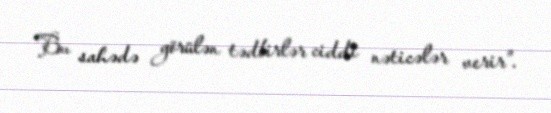
Bu sahədə görülən tədbirlər ciddi nəticələr verir”.